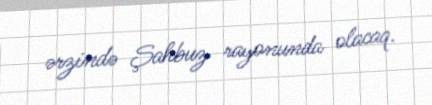
ərzində Şahbuz rayonunda olacaq.